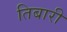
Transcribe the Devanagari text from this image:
तिबारी